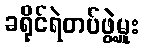
ခရိုင်ရဲတပ်ဖွဲ့မှူး